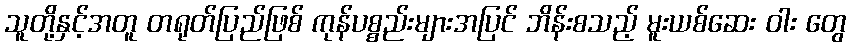
သူတို့နှင့်အတူ တရုတ်ပြည်ဖြစ် ကုန်ပစ္စည်းများအပြင် ဘိန်းစသည့် မူးယစ်ဆေး ဝါး တွေ